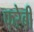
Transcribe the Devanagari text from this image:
फरेबी